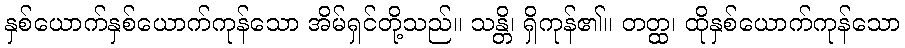
နှစ်ယောက်နှစ်ယောက်ကုန်သော အိမ်ရှင်တို့သည်။ သန္တိ၊ ရှိကုန်၏။ တတ္ထ၊ ထိုနှစ်ယောက်ကုန်သော